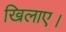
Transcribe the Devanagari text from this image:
खिलाए।